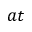
a t